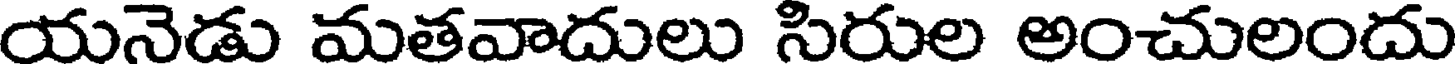
యనెడు మతవాదులు సిరుల అంచులందు